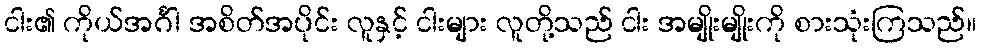
ငါး၏ ကိုယ်အင်္ဂါ အစိတ်အပိုင်း လူနှင့် ငါးများ လူတို့သည် ငါး အမျိုးမျိုးကို စားသုံးကြသည်။